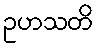
ဥဟသတိ